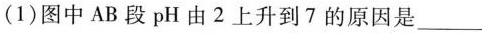
(1)图中AB段pH由2上升到7的原因是___